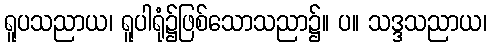
ရူပသညာယ၊ ရူပါရုံ၌ဖြစ်သောသညာ၌။ ပ။ သဒ္ဒသညာယ၊